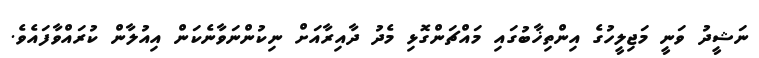
ނަޝީދު ވަނީ މަޖިލީހުގެ އިންތިޚާބުގައި މައްޗަންގޮޅި މެދު ދާއިރާއަށް ނިކުންނަވާނެކަން އިއުލާން ކުރައްވާފައެވެ.